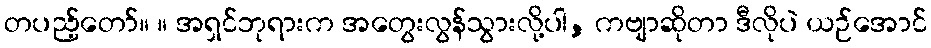
တပည့်တော်။ ။ အရှင်ဘုရားက အတွေးလွန်သွားလို့ပါ, ကဗျာဆိုတာ ဒီလိုပဲ ယဉ်အောင်